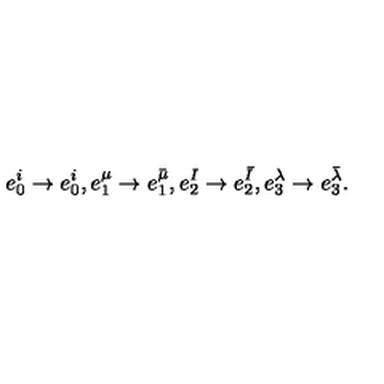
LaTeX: e _ { 0 } ^ { i } \to e _ { 0 } ^ { i } , e _ { 1 } ^ { \mu } \to e _ { 1 } ^ { \bar { \mu } } , e _ { 2 } ^ { I } \to e _ { 2 } ^ { \bar { I } } , e _ { 3 } ^ { \lambda } \to e _ { 3 } ^ { \bar { \lambda } } .